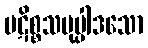
ပဋိစ္စသမုပ္ပါဒသော